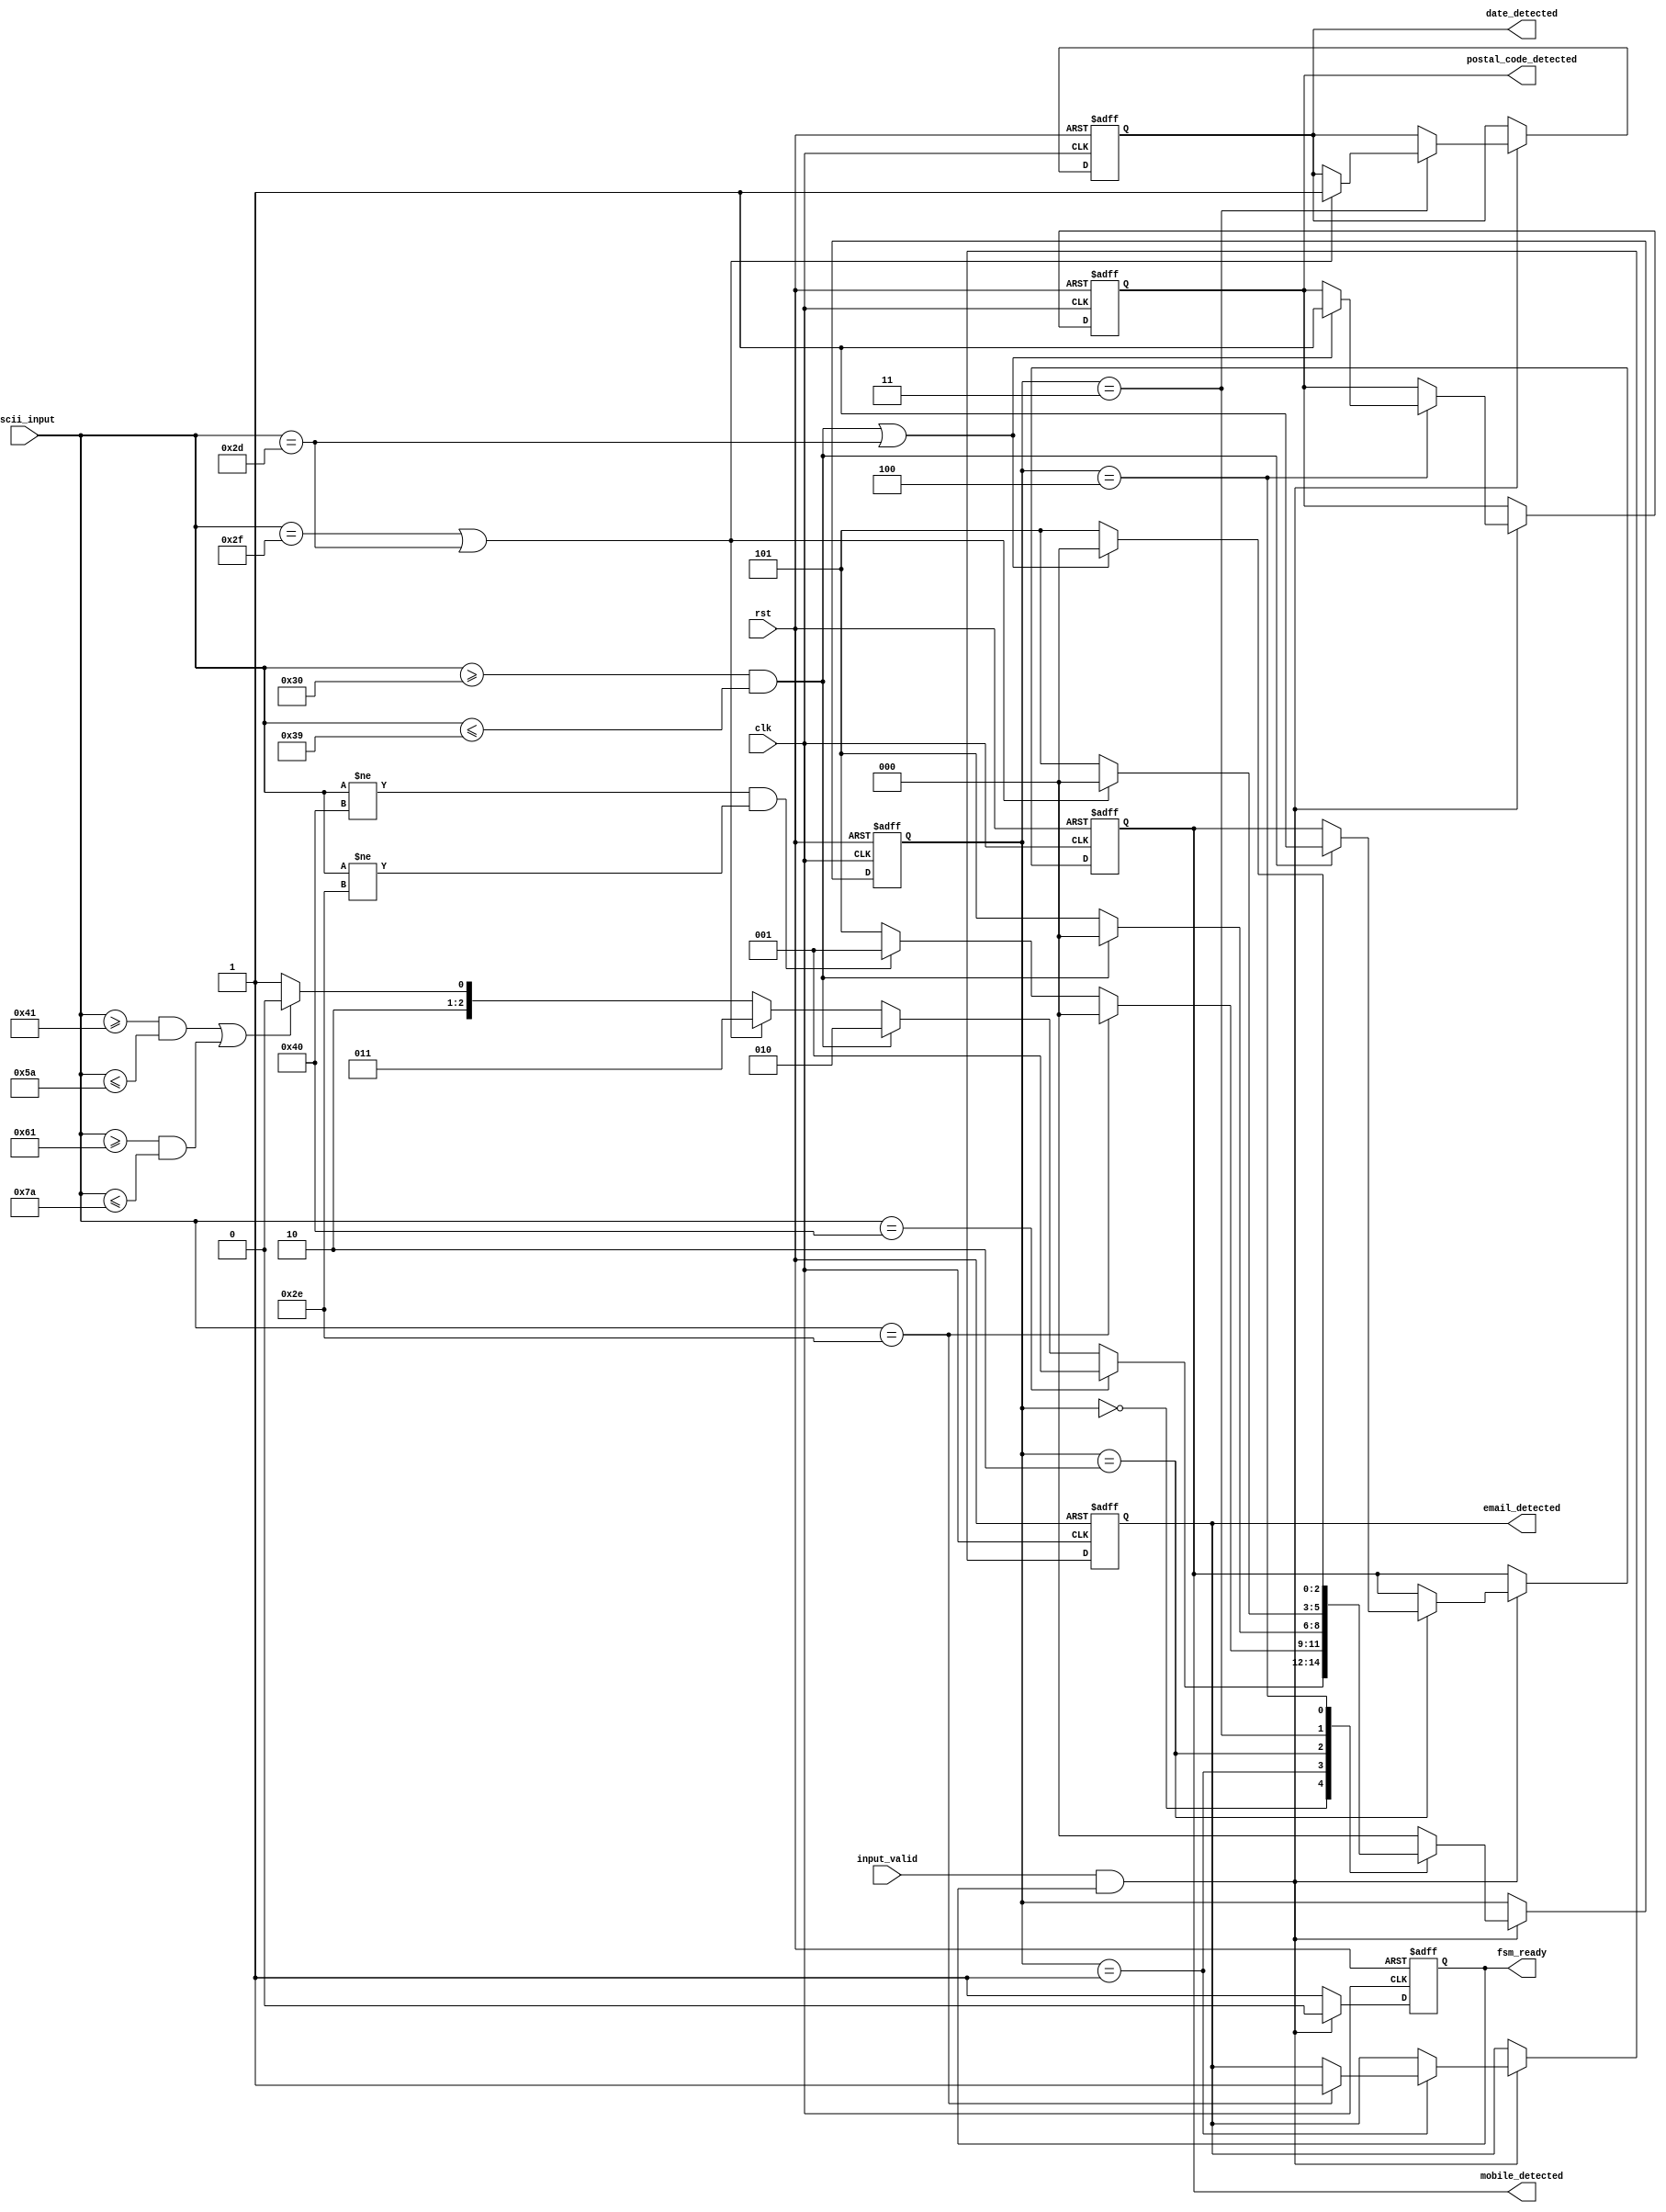
module FSMModule(
    input wire clk,
    input wire rst,
    input wire [7:0] ascii_input,
    input wire input_valid,
    output reg email_detected,
    output reg date_detected,
    output reg mobile_detected,
    output reg postal_code_detected,
    output reg fsm_ready
);

    // State declaration
    reg [2:0] state;
    localparam IDLE = 3'b000,
               EMAIL = 3'b001,
               MOBILE = 3'b010,
               DATE = 3'b011,
               POSTAL = 3'b100,
               ERROR_STATE = 3'b101;

    // Initialize outputs
    initial begin
        email_detected = 0;
        date_detected = 0;
        mobile_detected = 0;
        postal_code_detected = 0;
        fsm_ready = 1;
    end

    // FSM state transition logic
    always @(posedge clk or posedge rst) begin
        if (rst) begin
            // Reset logic
            state <= IDLE;
            email_detected <= 0;
            date_detected <= 0;
            mobile_detected <= 0;
            postal_code_detected <= 0;
            fsm_ready <= 1; // FSM is ready after reset
        end else if (input_valid && fsm_ready) begin
            // Process input only if valid and FSM is ready
            fsm_ready <= 0; // FSM is now busy processing the input
            case (state)
                IDLE: begin
                    // Check for start of different patterns
                    if (ascii_input == 8'd64) begin // '@' symbol for email
                        state <= EMAIL;
                    end else if (ascii_input >= 8'd48 && ascii_input <= 8'd57) begin // Digits for mobile
                        state <= MOBILE;
                    end else if (ascii_input == 8'd47 || ascii_input == 8'd45) begin // '/' or '-' for date
                        state <= DATE;
                    end else if ((ascii_input >= 8'd65 && ascii_input <= 8'd90) || 
                                 (ascii_input >= 8'd97 && ascii_input <= 8'd122)) begin // Letters for postal code
                        state <= POSTAL;
                    end else begin
                        state <= ERROR_STATE;
                    end
                end
                EMAIL: begin
                    // Email detection logic
                    if (ascii_input == 8'd46) begin // '.' character
                        email_detected <= 1;
                        state <= IDLE;
                    end else if (ascii_input != 8'd64 && ascii_input != 8'd46) begin
                        state <= EMAIL;
                    end else begin
                        state <= ERROR_STATE;
                    end
                end
                MOBILE: begin
                    // Mobile number detection logic
                    if (ascii_input >= 8'd48 && ascii_input <= 8'd57) begin // Digits
                        mobile_detected <= 1;
                        state <= IDLE;
                    end else begin
                        state <= ERROR_STATE;
                    end
                end
                DATE: begin
                    // Date detection logic
                    if (ascii_input == 8'd47 || ascii_input == 8'd45) begin // '/' or '-'
                        date_detected <= 1;
                        state <= IDLE;
                    end else begin
                        state <= ERROR_STATE;
                    end
                end
                POSTAL: begin
                    // Postal code detection logic
                    if ((ascii_input >= 8'd48 && ascii_input <= 8'd57) || ascii_input == 8'd45) begin // Digits or '-'
                        postal_code_detected <= 1;
                        state <= IDLE;
                    end else begin
                        state <= ERROR_STATE;
                    end
                end
                ERROR_STATE: begin
                    // Error state logic
                    state <= IDLE;
                end
                default: begin
                    state <= IDLE;
                end
            endcase
        end else begin
            fsm_ready <= 1; // FSM is ready for the next input
        end
    end
endmodule